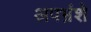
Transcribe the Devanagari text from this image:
अपभ्रंशे